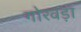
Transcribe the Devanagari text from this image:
गोरवड़ा